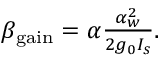
\begin{array} { r } { { \beta } _ { \mathrm { g a i n } } = \alpha \frac { \alpha _ { w } ^ { 2 } } { 2 g _ { 0 } I _ { s } } . } \end{array}